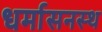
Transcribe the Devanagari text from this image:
धर्मासनस्थ